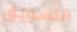
التسويق